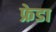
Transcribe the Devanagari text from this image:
फ्रेडा